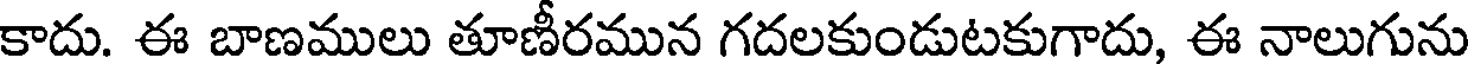
కాదు. ఈ బాణములు తూణీరమున గదలకుండుటకుగాదు, ఈ నాలుగును